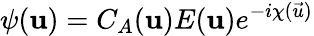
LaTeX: \psi(\mathbf{u})=C_{A}(\mathbf{u})E(\mathbf{u})e^{-i\chi(\vec{u})}